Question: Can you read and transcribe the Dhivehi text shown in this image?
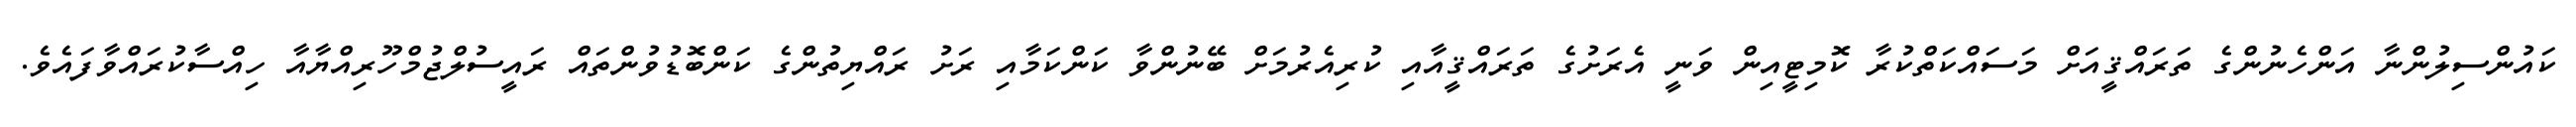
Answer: ކައުންސިލުންނާ އަންހެނުންގެ ތަރައްޤީއަށް މަސައްކަތްކުރާ ކޮމިޓީއިން ވަނީ އެރަށުގެ ތަރައްޤީއާއި ކުރިއެރުމަށް ބޭނުންވާ ކަންކަމާއި ރަށު ރައްޔިތުންގެ ކަންބޮޑުވުންތައް ރައީސުލްޖުމްހޫރިއްޔާއާ ހިއްސާކުރައްވާފައެވެ.